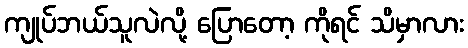
ကျုပ်ဘယ်သူလဲလို့ ပြောတော့ ကိုရင် သိမှာလား